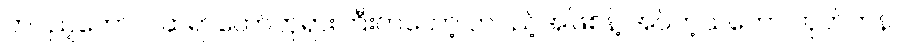
တပည့်တော်။ ။ ဆရာတော်ဘုရားကြီးကတော့ တပည့်အဖြစ်နဲ့ အပ်တဲ့သဘော ဟုတ်ဟန်